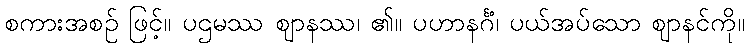
စကားအစဉ် ဖြင့်။ ပဌမဿ ဈာနဿ၊ ၏။ ပဟာနင်္ဂံ၊ ပယ်အပ်သော ဈာနင်ကို။